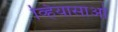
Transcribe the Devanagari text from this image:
व्हियासाओ